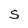
Character: S